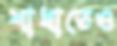
শাখাতেও